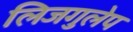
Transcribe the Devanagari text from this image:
लिजगुलेप